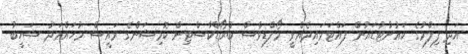
އަދި ފިލްމުގެ ކައުންޓުޑައުން ފައްޓަވައިދެއްވީ މޯލްޑިވްސް ބްރޯޑްކާސްޓިން ކޮމިޝަންގެ ރައީސް މުހައްމަދު ޝަހީބު